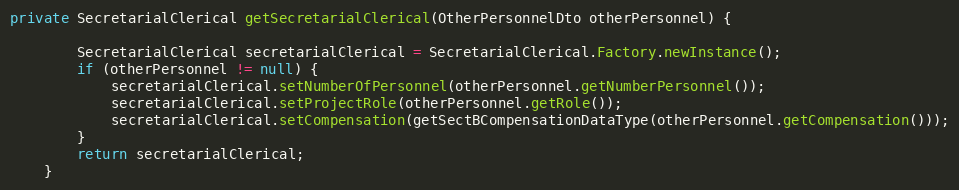
Language: Java
private SecretarialClerical getSecretarialClerical(OtherPersonnelDto otherPersonnel) {

        SecretarialClerical secretarialClerical = SecretarialClerical.Factory.newInstance();
        if (otherPersonnel != null) {
            secretarialClerical.setNumberOfPersonnel(otherPersonnel.getNumberPersonnel());
            secretarialClerical.setProjectRole(otherPersonnel.getRole());
            secretarialClerical.setCompensation(getSectBCompensationDataType(otherPersonnel.getCompensation()));
        }
        return secretarialClerical;
    }